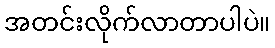
အတင်းလိုက်လာတာပါပဲ။